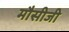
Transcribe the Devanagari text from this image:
मौसीजी